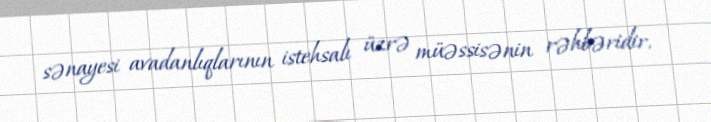
sənayesi avadanlıqlarının istehsalı üzrə müəssisənin rəhbəridir.